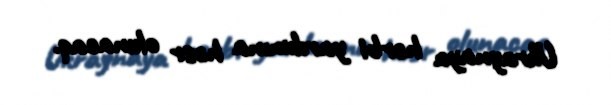
Ukraynaya hərbi yardımına həsr olunacaq.